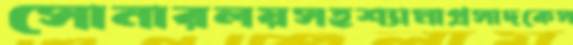
সোনারলয়সহশ্যামাপ্রসাদকেস